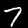
Label: 7